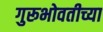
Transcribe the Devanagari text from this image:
गुरूभोवतीच्या